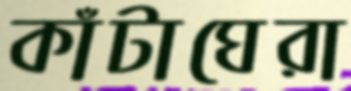
কাঁটাঘেরা